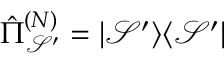
\hat { \Pi } _ { \mathcal { S } ^ { \prime } } ^ { ( N ) } = | \mathcal { S } ^ { \prime } \rangle \langle \mathcal { S } ^ { \prime } |